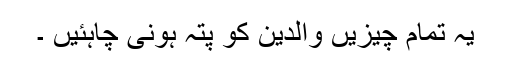
یہ تمام چیزیں والدین کو پتہ ہونی چاہئیں ۔